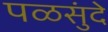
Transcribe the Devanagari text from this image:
पळसुंदे